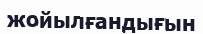
жойылғандығын